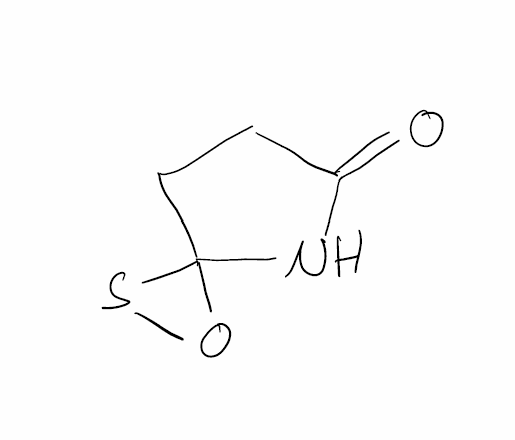
Simplified molecular-input line-entry system (SMILES) notation of the given molecule:
C1CC2(NC1=O)OS2